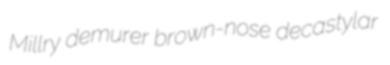
Millry demurer brown-nose decastylar